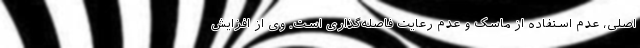
اصلی، عدم استفاده از ماسک و عدم رعایت فاصله‌گذاری است. وی از افزایش